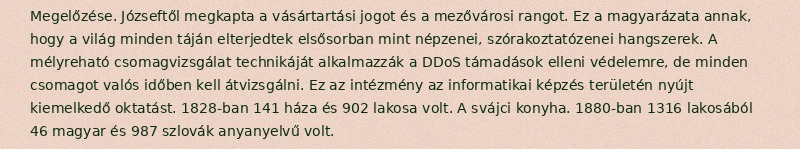
Megelőzése. Józseftől megkapta a vásártartási jogot és a mezővárosi rangot. Ez a magyarázata annak, hogy a világ minden táján elterjedtek elsősorban mint népzenei, szórakoztatózenei hangszerek. A mélyreható csomagvizsgálat technikáját alkalmazzák a DDoS támadások elleni védelemre, de minden csomagot valós időben kell átvizsgálni. Ez az intézmény az informatikai képzés területén nyújt kiemelkedő oktatást. 1828-ban 141 háza és 902 lakosa volt. A svájci konyha. 1880-ban 1316 lakosából 46 magyar és 987 szlovák anyanyelvű volt.